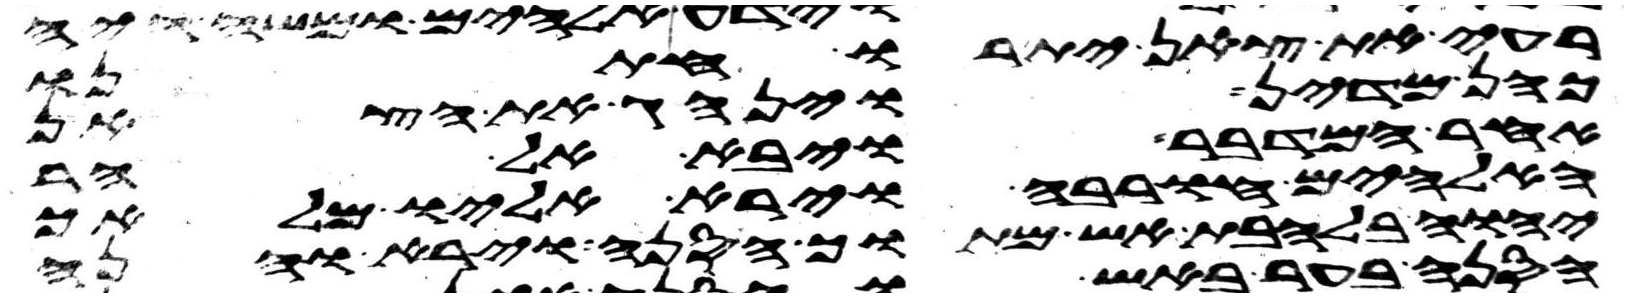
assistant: רעה את צאן יתרו חתנו
כהן מדין וינהג את הצאן
אחר המדבר ויבא אל הר
האלהים חורבה וירא אליו מלאך
יהוה בלהבת אש מתוך הסנה וירא והנה